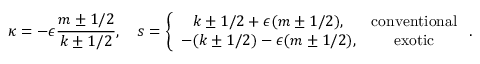
\kappa = - \epsilon \frac { m \pm 1 / 2 } { k \pm 1 / 2 } , \quad s = \left\{ \begin{array} { c c } { { k \pm 1 / 2 + \epsilon ( m \pm 1 / 2 ) , } } & { { \mathrm { c o n v e n t i o n a l } } } \\ { { - ( k \pm 1 / 2 ) - \epsilon ( m \pm 1 / 2 ) , } } & { { \mathrm { e x o t i c } } } \end{array} \right. .